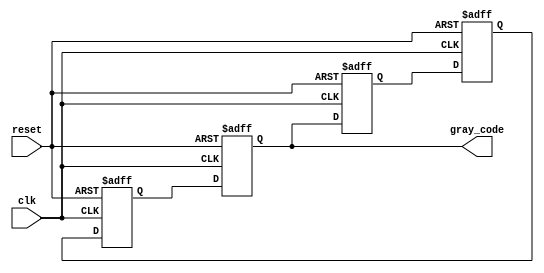
module gray_code_ring_counter (
    input clk,
    input reset,
    output reg [3:0] gray_code
);

reg [3:0] dff1, dff2, dff3, dff4;

always @(posedge clk or posedge reset) begin
    if (reset) begin
        dff1 <= 4'b0001;
        dff2 <= 4'b0011;
        dff3 <= 4'b0010;
        dff4 <= 4'b0110;
    end else begin
        dff1 <= dff4;
        dff2 <= dff1;
        dff3 <= dff2;
        dff4 <= dff3;
    end
end

assign gray_code = dff4;

endmodule